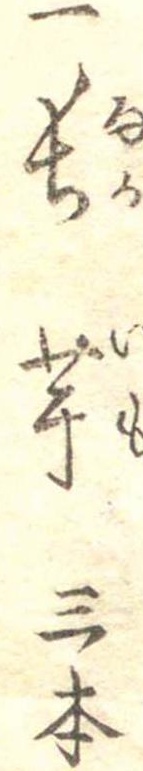
一長芋三本